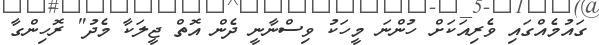
ގައުމެއްގައި ވެރިއަކަށް ހުންނަ މީހަކު ވިސްނާނީ ދެން އޮތް ޖީލަކާ މެދު" ރޮހިންގާ